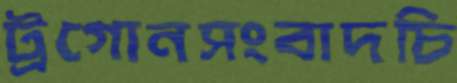
ট্রগোনসংবাদচি